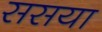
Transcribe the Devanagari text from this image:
ससया